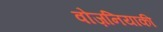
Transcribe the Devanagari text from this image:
वोज़नियाकी